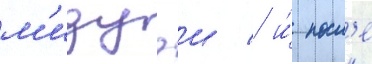
м'идуэи / и́ посл'е